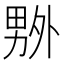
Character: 𠨃